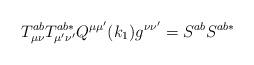
LaTeX: \begin{align*}T_{\mu \nu }^{ab}T_{\mu ^{\prime }\nu ^{\prime }}^{ab*}Q^{\mu \mu ^{\prime}}(k_1)g^{\nu \nu ^{\prime }}=S^{ab}S^{ab*}\end{align*}